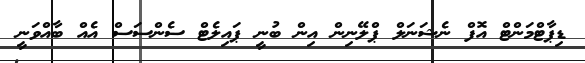
ޑިޕާޓްމަންޓް އޮފް ނެޝަނަލް ޕްލޭނިން އިން ބުނީ ޕައިލެޓް ސެންސަސް އެއް ބާއްވަނީ